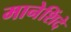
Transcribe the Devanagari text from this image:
मानेशिंदे